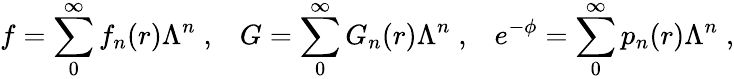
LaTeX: f=\sum_{0}^{\infty}f_{n}(r)\Lambda^{n}\; ,\; \; \; G=\sum_{0}^{\infty}G_{n}(r)\Lambda^{n}\; ,\; \; \; e^{-\phi}=\sum_{0}^{\infty}p_{n}(r)\Lambda^{n}\; ,